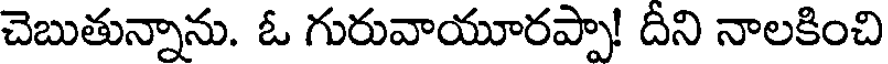
చెబుతున్నాను. ఓ గురువాయూరప్పా! దీని నాలకించి